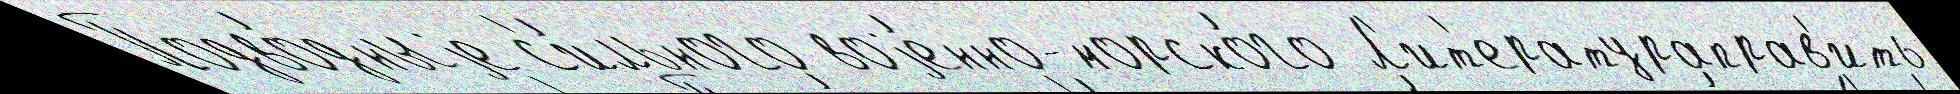
Подво́дныjе с'и́льного воjе́нно-морско́го Л'ит'ератураправ'ить